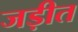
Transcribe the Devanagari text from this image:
जड़ीत